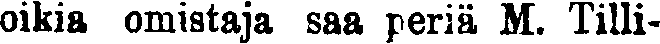
oikia omistaja saa periä M. Tilli-